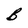
Character: B